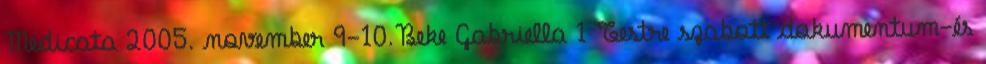
Medicata 2005. november 9-10.Beke Gabriella 1 Testre szabott dokumentum-és